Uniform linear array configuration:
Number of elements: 64
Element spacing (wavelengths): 1
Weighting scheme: cosine
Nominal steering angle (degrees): -60
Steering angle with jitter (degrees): -58.786
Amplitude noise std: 0.05
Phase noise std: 0.05

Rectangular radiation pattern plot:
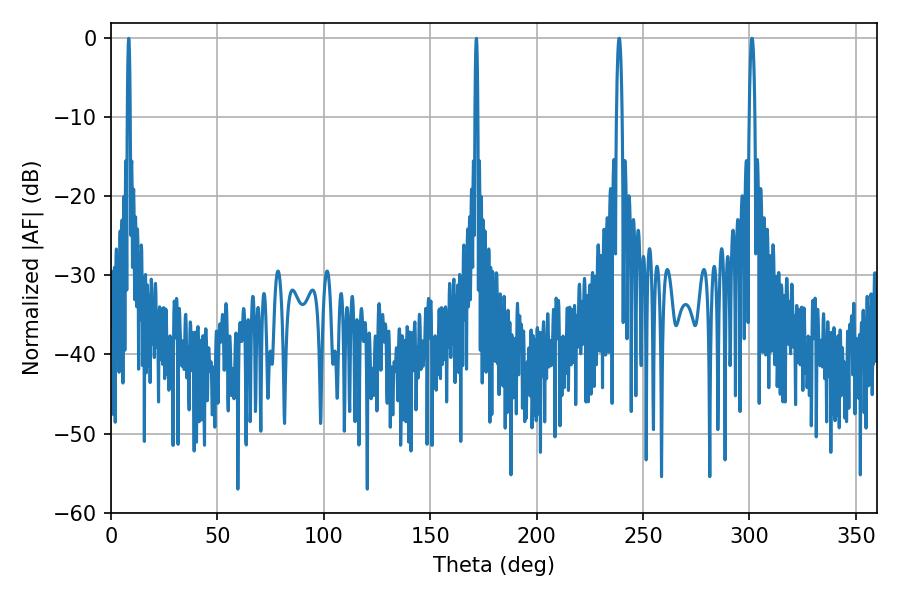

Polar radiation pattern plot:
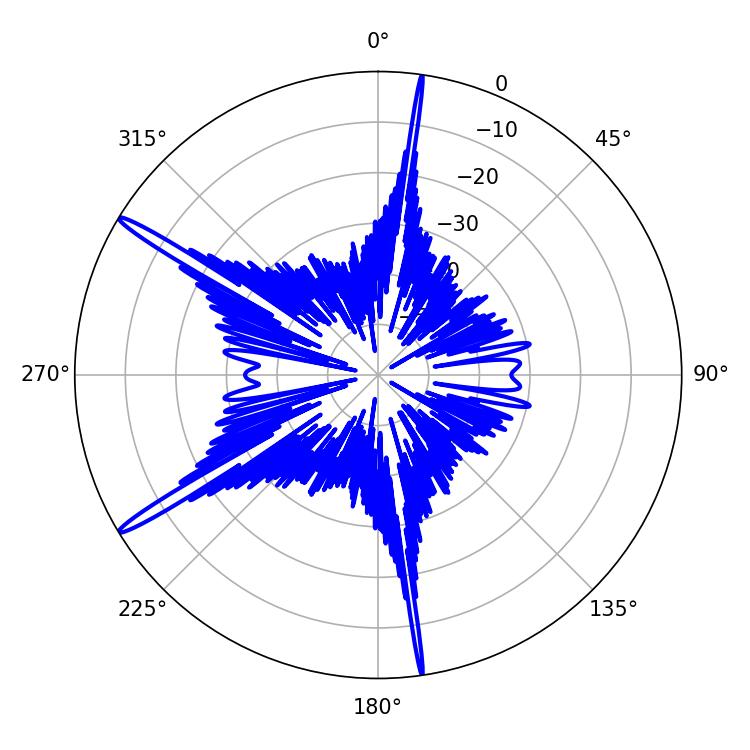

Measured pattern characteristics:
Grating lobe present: TRUE
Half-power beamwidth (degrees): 1.44
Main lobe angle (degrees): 238.86